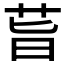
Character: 𦮂